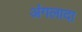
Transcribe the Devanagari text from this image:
अंगलादा